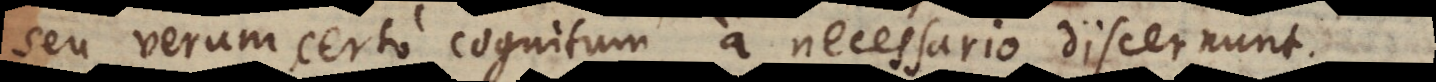
seu verum certo cognitum, a necessario discernunt.